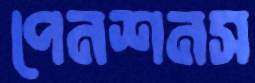
পেনশনস